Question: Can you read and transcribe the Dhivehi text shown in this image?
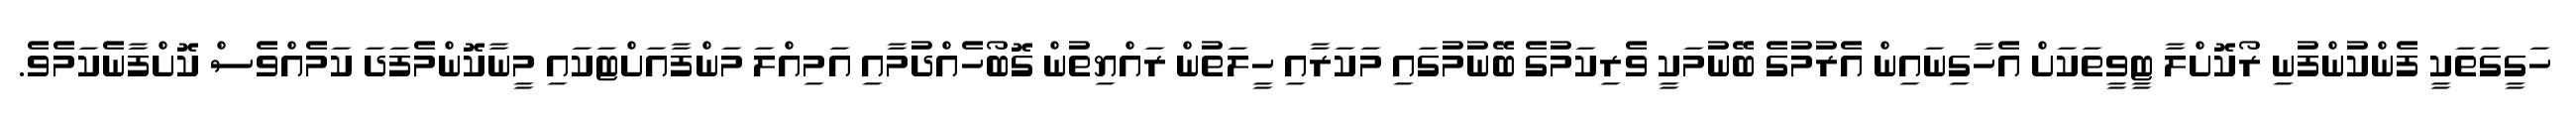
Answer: ހަގީގަތަކީ ފެންކުންފުނި ރޯކޮށްލާ ޓީވީތަކަށް އެހާގިނައިން އެރުމުގެ ބޭނުމަކީ ވެރިކަމުގެ ބޭނުމުގައި މަކަރާއި ހީލަތުން ރައްޔިތުން ގޮބޯހެއްދުމާއި އަމިއްލަ މަންފާއަށްޓަކައި މީނާކޮންމެފަދަ ކަމެއްވެސް ކޮށްފާނެކަމެވެ.